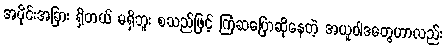
အပိုင်းအခြား ရှိတယ် မရှိဘူး စသည်ဖြင့် ကြံဆပြောဆိုနေတဲ့ အယူဝါဒတွေဟာလည်း